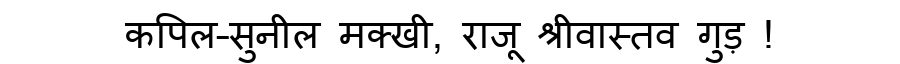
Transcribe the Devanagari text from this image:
कपिल–सुनील मक्खी, राजू श्रीवास्तव गुड़ !